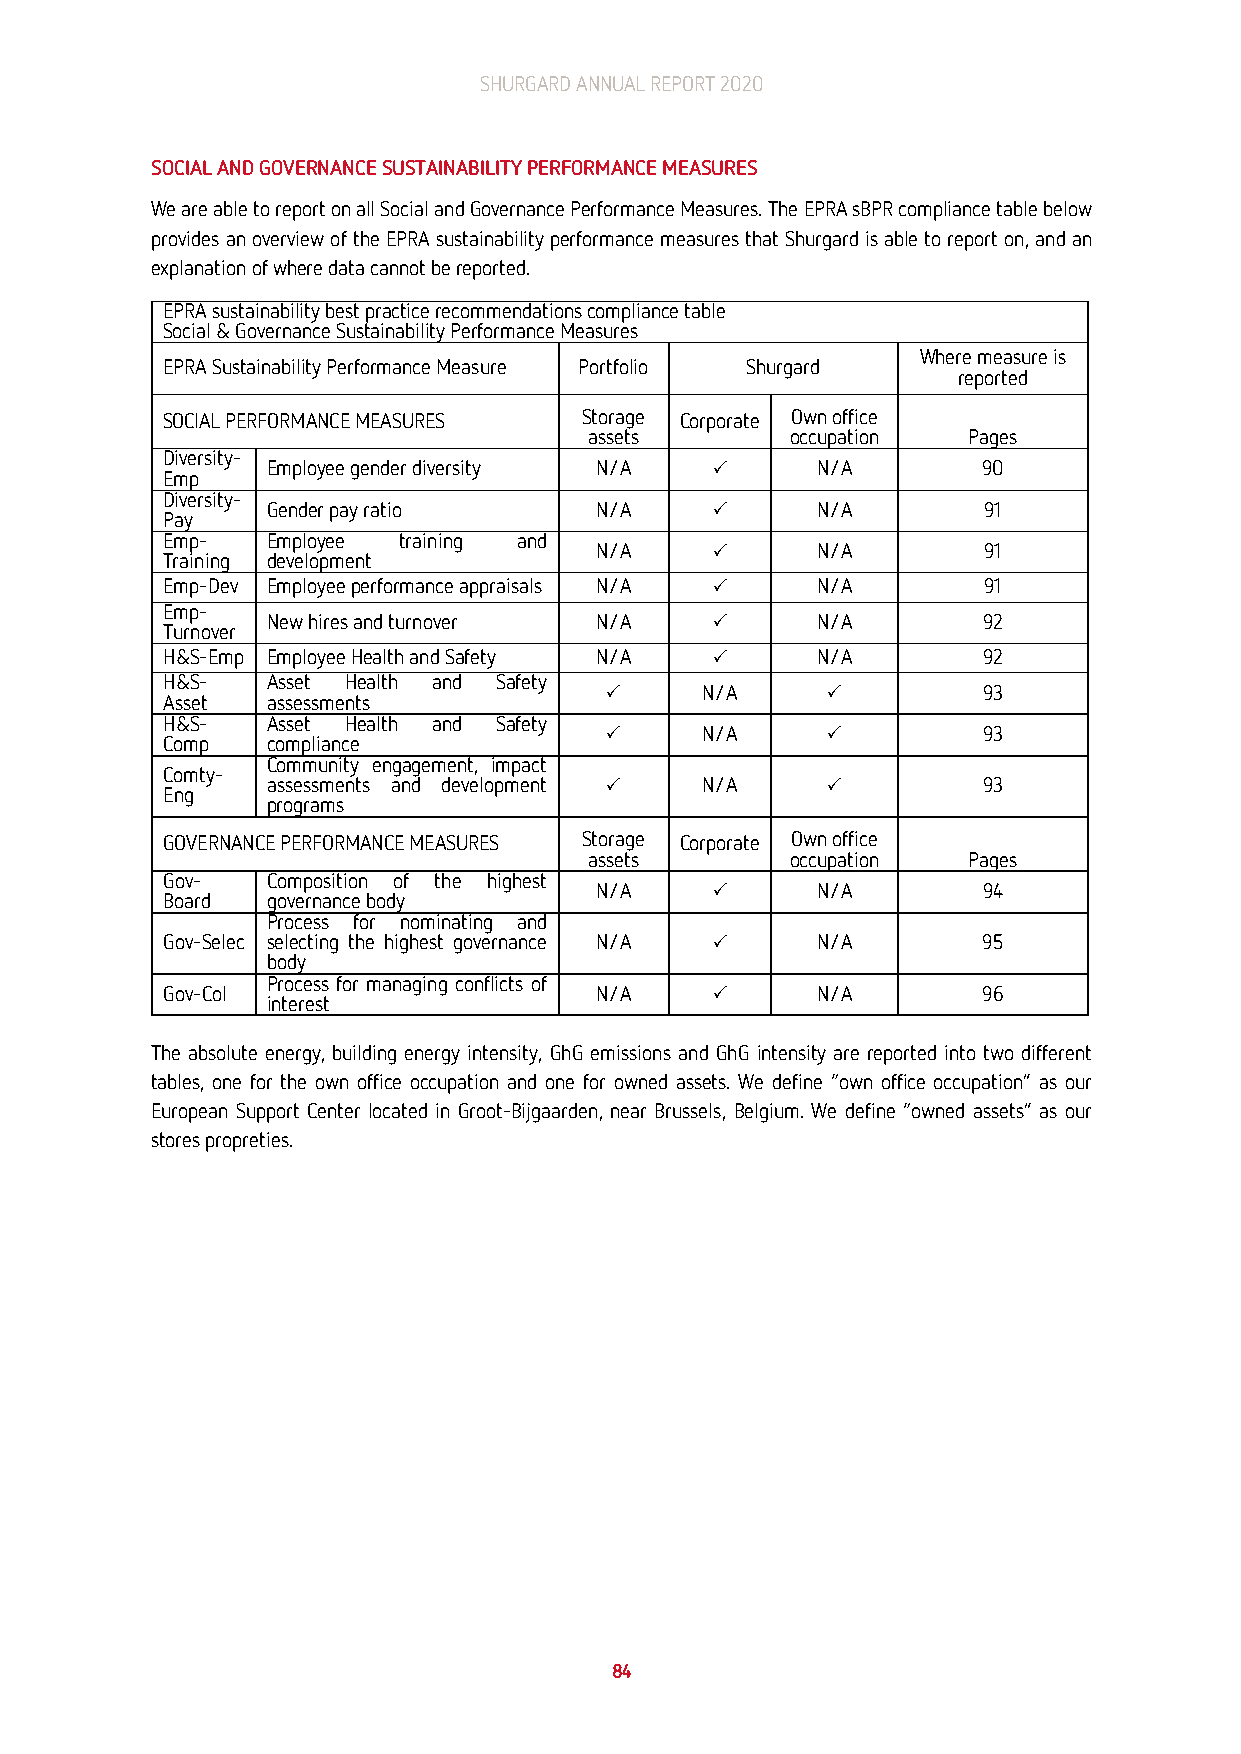
SHURGARD ANNUAL REPORT 2020
 SOCIAL AND GOVERNANCE SUSTAINABILITY PERFORMANCE MEASURES
 We are able to report on all Social and Governance Performance Measures. The EPRA sBPR compliance table below
 provides an overview of the EPRA sustainability performance measures that Shurgard is able to report on, and an
 explanation of where data cannot be reported.
 EPRA sustainability best practice recommendations compliance table
 S ocial & Governance Sustainability Performance Measures
 Where measure is
 EPRA Sustainability Performance Measure Portfolio Shurgard
 reported
 SOCIAL PERFORMANCE MEASURES Storage Corporate Own office
 assets       occupation  Pages
 Diversity-
 Employee gender diversity N/A P     N/A        90
 Emp
 Diversity-
 Gender pay ratio     N/A     P      N/A        91
 Pay
 Emp-   Employee training and
 N/A     P      N/A        91
 Training development
 Emp-Dev Employee performance appraisals N/A P N/A     91
 Emp-
 New hires and turnover N/A   P      N/A        92
 Turnover
 H&S-Emp Employee Health and Safety N/A P   N/A        92
 H&S-   Asset Health and Safety
 P     N/A      P         93
 Asset  assessments
 H&S-   Asset Health and Safety
 P     N/A      P         93
 Comp   compliance
 Community engagement, impact
 Comty-
 assessments and development P N/A    P         93
 Eng
 programs
 GOVERNANCE PERFORMANCE MEASURES Storage Corporate Own office
 assets       occupation  Pages
 Gov-   Composition of the highest
 N/A     P      N/A        94
 Board  governance body
 Process for nominating and
 Gov-Selec selecting the highest governance N/A P N/A  95
 body
 Process for managing conflicts of
 Gov-CoI                     N/A     P      N/A        96
 interest
 The absolute energy, building energy intensity, GhG emissions and GhG intensity are reported into two different
 tables, one for the own office occupation and one for owned assets. We define “own office occupation” as our
 European Support Center located in Groot-Bijgaarden, near Brussels, Belgium. We define “owned assets” as our
 stores propreties.
 84